Scottish Leaving Certificate Examination, 1961
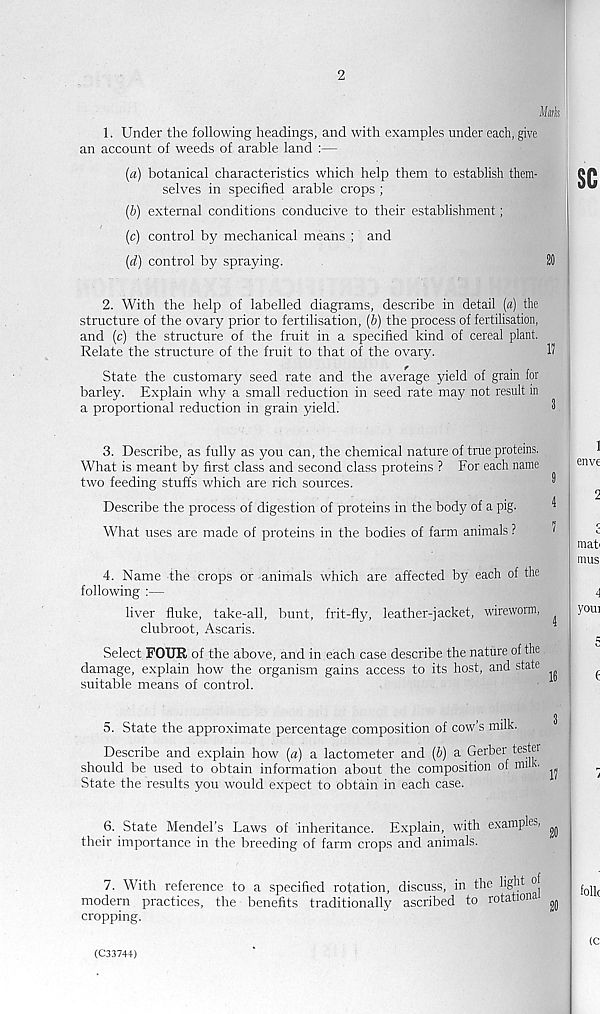
2
Mark
1. Under the following headings, and with examples under each, give
an account of weeds of arable land :—
(a) botanical characteristics which help them to establish them-
selves in specified arable crops ;
(b) external conditions conducive to their establishment;
(c) control by mechanical means ; and
(d) control by spraying.
28
2. With the help of labelled diagrams, describe in detail (a) the
structure of the ovary prior to fertilisation, (b) the process of fertilisation,
and (c) the structure of the fruit in a specified kind of cereal plant.
Relate the structure of the fruit to that of the ovary.
17
State the customary seed rate and the average yield of grain for
barley. Explain why a small reduction in seed rate may not result in
a proportional reduction in grain yield.
8
3. Describe, as fully as you can, the chemical nature of true proteins.
What is meant by first class and second class proteins ? For each name
two feeding stuffs which are rich sources.
^
Describe the process of digestion of proteins in the body of a pig.
What uses are made of proteins in the bodies of farm animals ?
4. Name the crops or animals which are affected by each of the
following :—
liver fluke, take-all, bunt, frit-fly, leather-jacket, wireworm,
clubroot, Ascaris.
Select FOUR of the above, and in each case describe the nature of the
damage, explain how the organism gains access to its host, and state
suitable means of control.
3
5. State the approximate percentage composition of cow’s milk.
Describe and explain how (a) a lactometer and (b) a Gerber tester
should be used to obtain information about the composition of milk.
State the results you would expect to obtain in each case.
6. State Mendel’s Laws of inheritance. Explain, with examples, ^
their importance in the breeding of farm crops and animals.
7. With reference to a specified rotation, discuss, in the light of
modern practices, the benefits traditionally ascribed to rotationa ^
cropping.
(C33744)